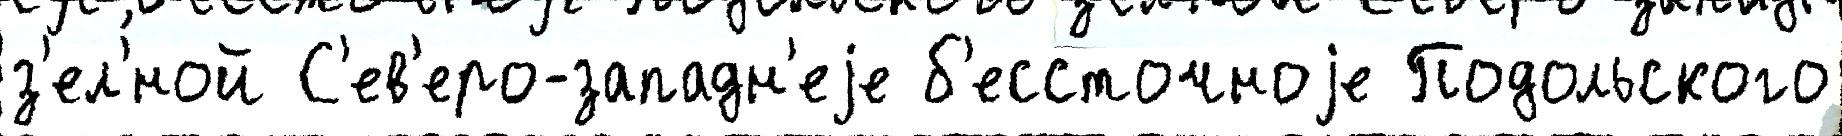
з'ел'́ной С'ев'еро-западн'еjе б'ессточноjе Подольского